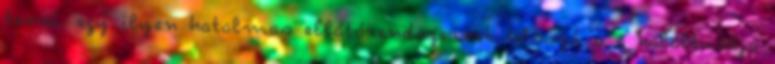
tenni. egy ilyen hatalmas ellátórendszernek hősszú a a haláltusája